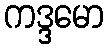
ကဒ္ဒမော